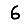
Digit: 6